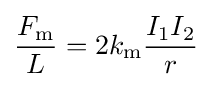
{\frac {F_{\text{m}}}{L}}=2k_{\text{m}}{\frac {I_{1}I_{2}}{r}}